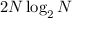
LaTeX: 2 N \log _ { 2 } N